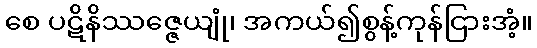
စေ ပဋိနိဿဇ္ဇေယျုံ၊ အကယ်၍စွန့်ကုန်ငြားအံ့။